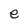
Character: e